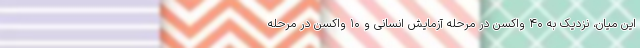
این میان، نزدیک به ۴۰ واکسن در مرحله آزمایش انسانی و ۱۰ واکسن در مرحله